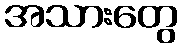
အသားတွေ